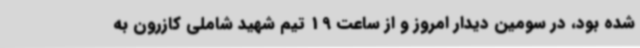
شده بود، در سومین دیدار امروز و از ساعت 19 تیم شهید شاملی کازرون به